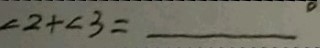
\angle 2 + \angle 3 = ^ { \circ }